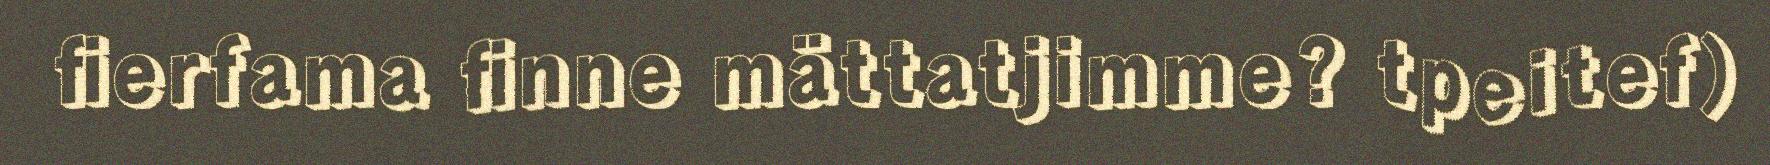
fierfama finne mättatjimme? tpeitef)